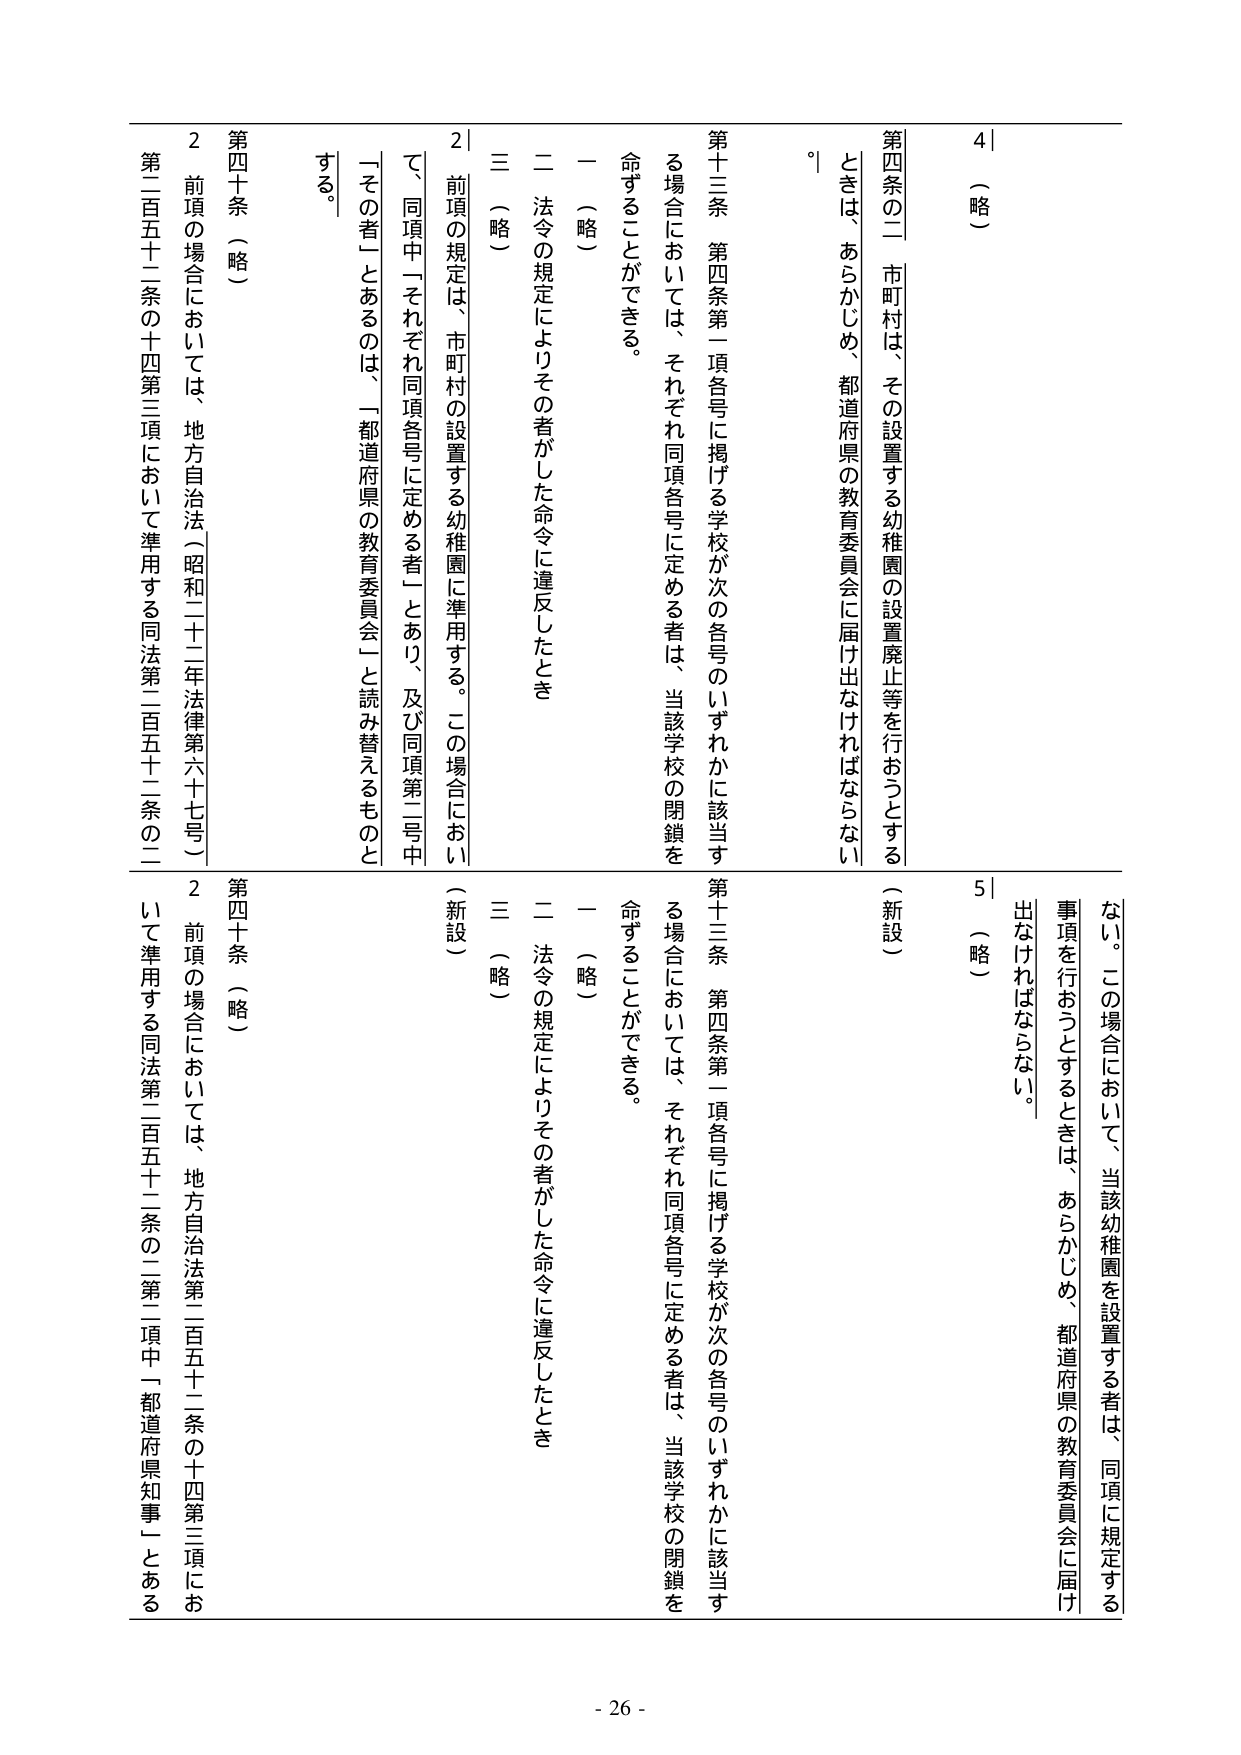
4｜（略）

第四条の二 市町村は、その設置する幼稚園の設置廃止等を行おうとするときは、あらかじめ、都道府県の教育委員会に届け出なければならない。

第十三条 第四条第一項各号に掲げる学校が次の各号のいずれかに該当する場合においては、それぞれ同項各号に定める者は、当該学校の閉鎖を命ずることができる。

一 （略）

二 法令の規定によりその者がした命令に違反したとき

三 （略）

2｜前項の規定は、市町村の設置する幼稚園に準用する。この場合において、同項中「それぞれ同項各号に定める者」とあり、及び同項第二号中「その者」とあるのは、「都道府県の教育委員会」と読み替えるものとする。

第四十条 （略）

2 前項の場合においては、地方自治法（昭和二十二年法律第六十七号）第二百五十二条の十四第三項において準用する同法第二百五十二条の二

5｜（略）

（新設）

第四条の二 市町村は、その設置する幼稚園の設置廃止等を行おうとするときは、あらかじめ、都道府県の教育委員会に届け出なければならない。この場合において、当該幼稚園を設置する者は、同項に規定する事項を行おうとするときは、あらかじめ、都道府県の教育委員会に届け出なければならない。

第十三条 第四条第一項各号に掲げる学校が次の各号のいずれかに該当する場合においては、それぞれ同項各号に定める者は、当該学校の閉鎖を命ずることができる。

一 （略）

二 法令の規定によりその者がした命令に違反したとき

三 （略）

（新設）

第四十条 （略）

2 前項の場合においては、地方自治法第二百五十二条の十四第三項において準用する同法第二百五十二条の二第一項中「都道府県知事」とある

- 26 -